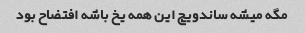
مگه میشه ساندویچ این همه یخ باشه افتضاح بود